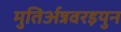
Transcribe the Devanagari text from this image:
मुतिर्अन्नवरइयुन